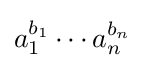
a_{1}^{b_{1}}\cdots a_{n}^{b_{n}}